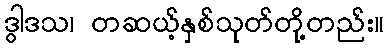
ဒွါဒသ၊ တဆယ့်နှစ်သုတ်တို့တည်း။